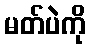
မတ်ပဲကို